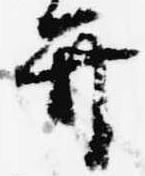
弁